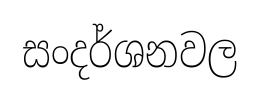
සංදර්ශනවල